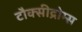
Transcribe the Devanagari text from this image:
टौक्सीद्रोम्स